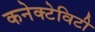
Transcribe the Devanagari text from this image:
कनेक्टेविटी